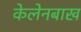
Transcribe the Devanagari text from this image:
केलेनबाख